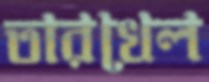
তারখেল